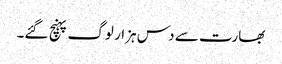
بھارت سے دس ہزار لوگ پہنچ گئے۔